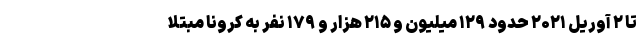
تا ۲ آوریل ۲۰۲۱ حدود ۱۲۹ میلیون و ۲۱۵ هزار و ۱۷۹ نفر به کرونا مبتلا